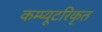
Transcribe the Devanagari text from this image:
कम्प्यूटरिकृत